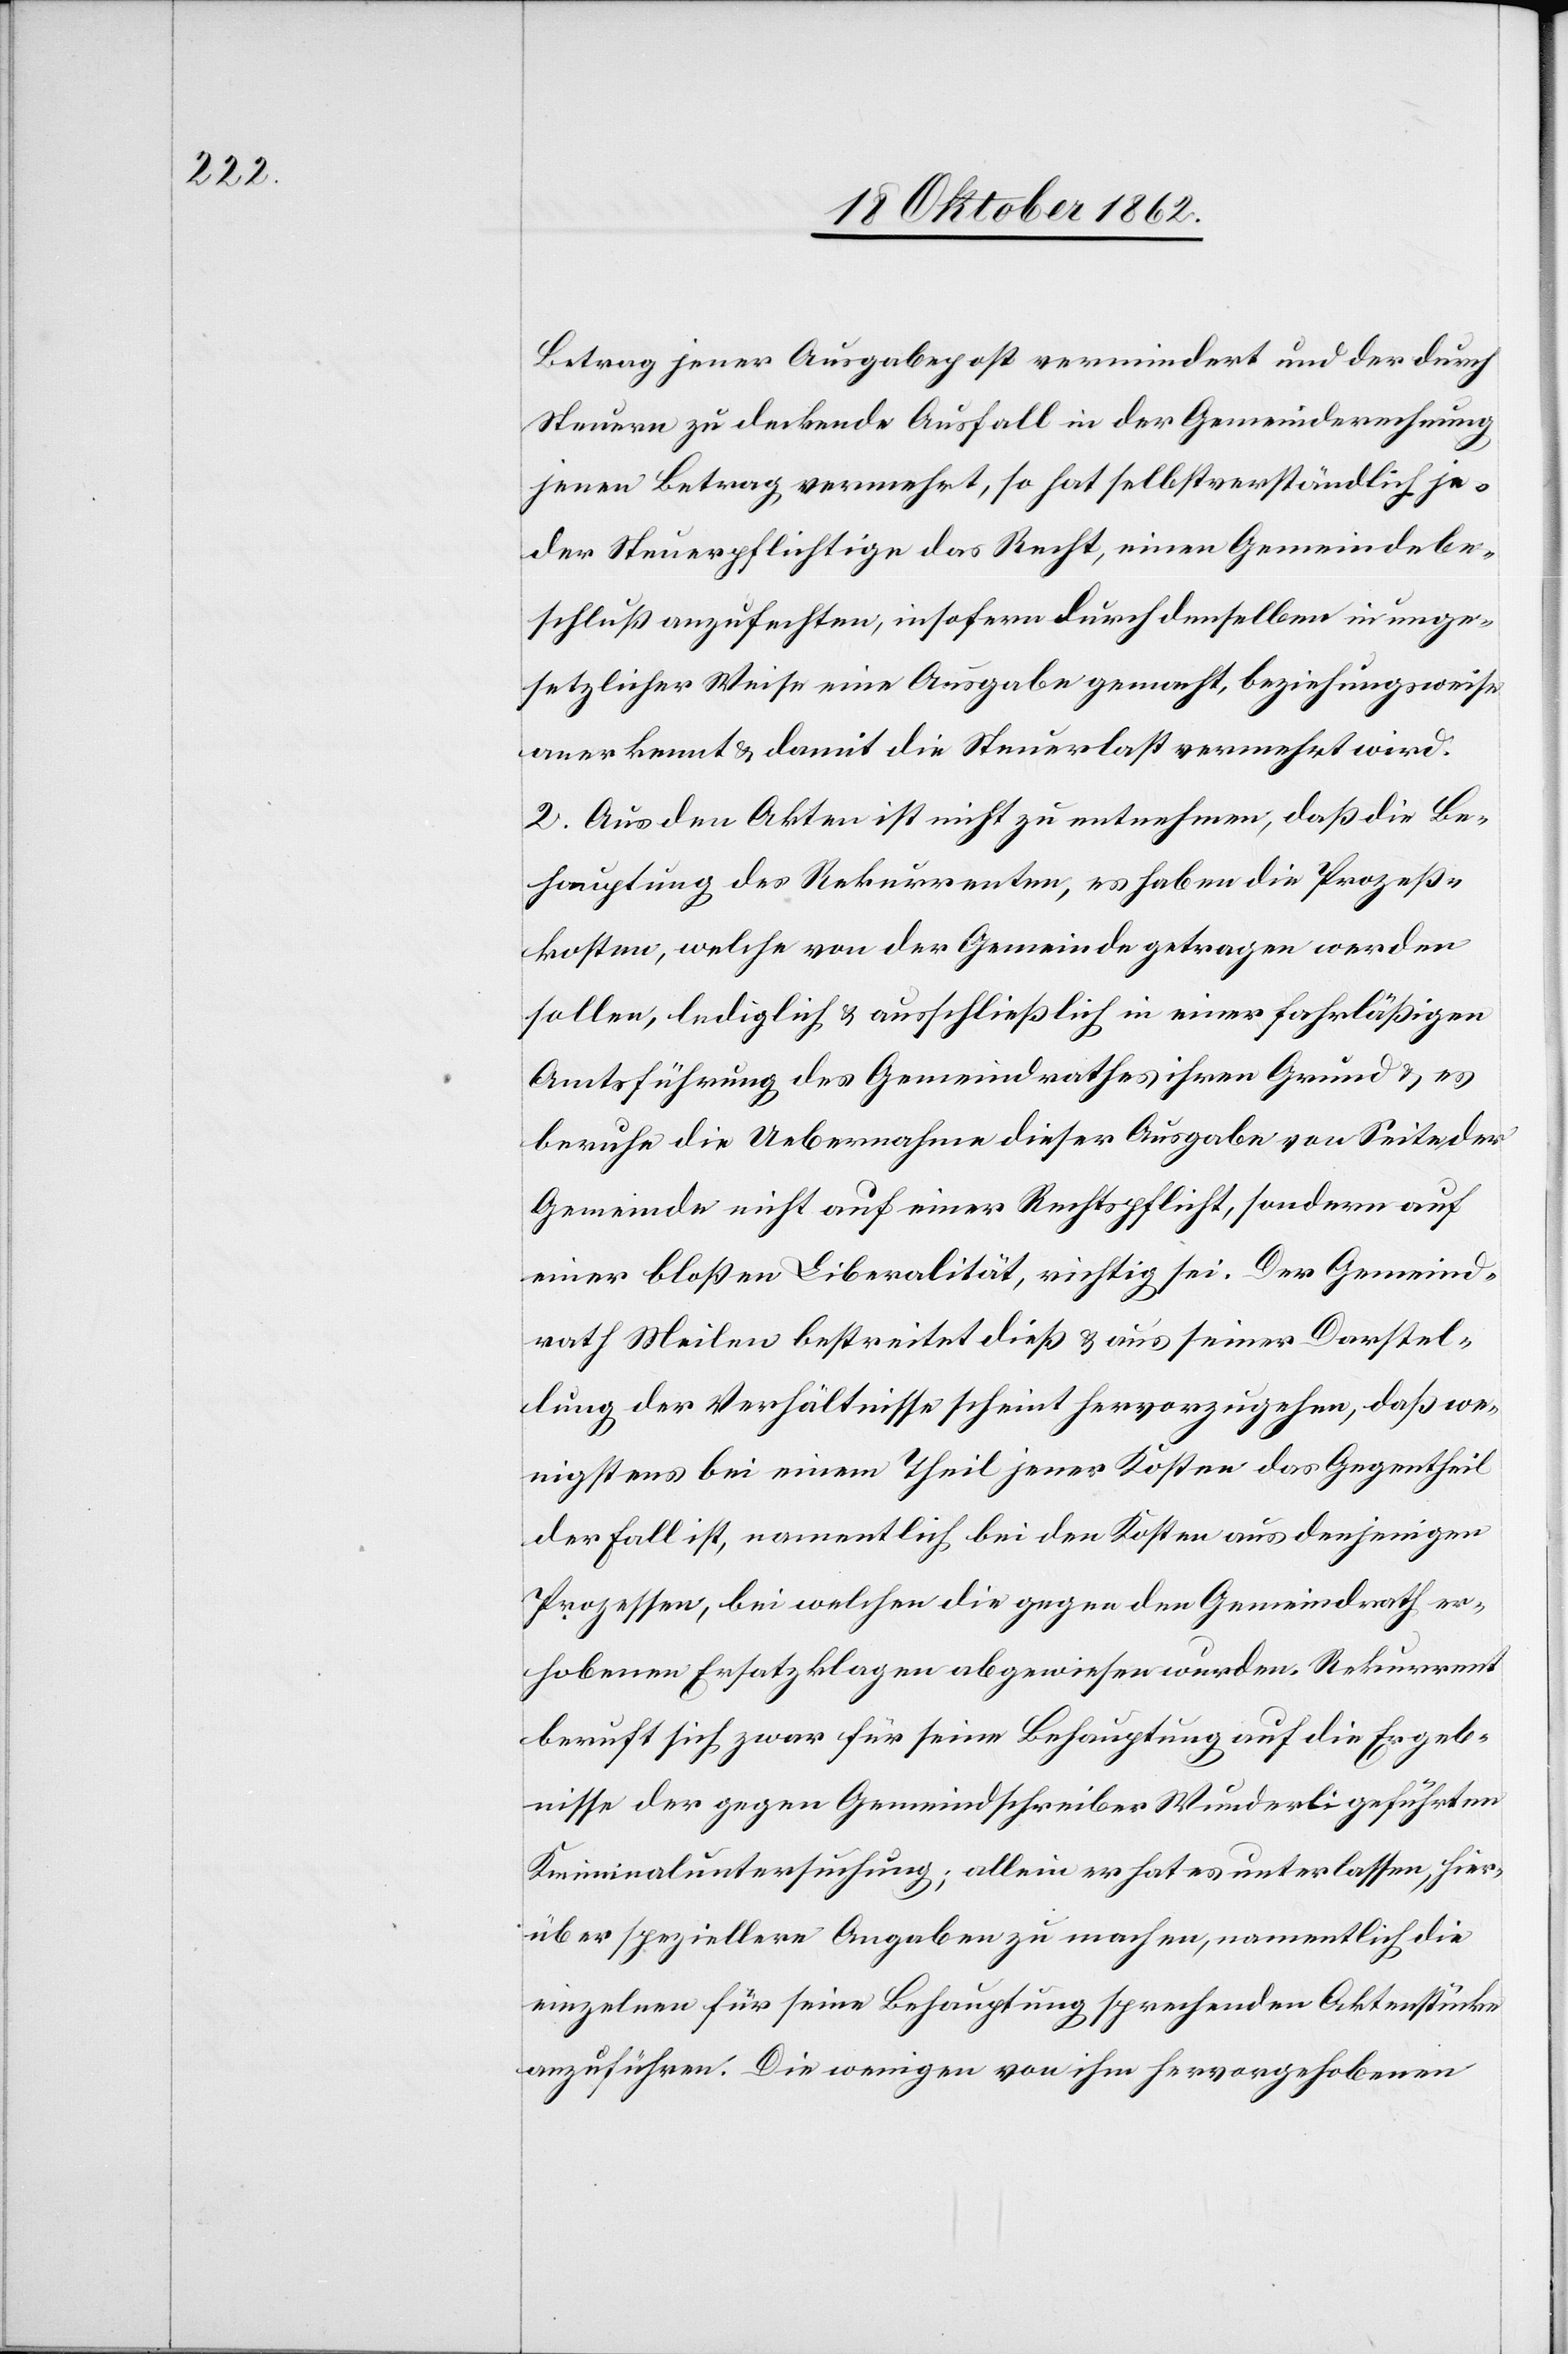
Betrag jener Ausgabepost vermindert und der durch
Steuern zu deckende Ausfall in der Gemeinderechnung
jenen Betrag vermehrt, so hat selbstverständlich je¬
der Steuerpflichtige das Recht, einen Gemeindebe¬
schluß anzufechten, insofern durch denselben in unge¬
setzlicher Weise eine Ausgabe gemacht, beziehungsweise
anerkennt u. damit die Steuerlast vermehrt wird.
2. Aus den Akten ist nicht zu entnehmen, daß die Be¬
hauptung des Rekurrenten, es haben die Prozeß¬
kosten, welche von der Gemeinde getragen werden
sollen, lediglich u. ausschließlich in einer fahrläßigen
Amtsführung des Gemeindrathes ihren Grund u. es
beruhe die Uebernahme dieser Ausgabe von Seite der
Gemeinde nicht auf einer Rechtspflicht, sondern auf
einer bloßen Liberalität, richtig sei. Der Gemeind¬
rath Meilen bestreitet dieß u. aus seiner Darstel¬
lung der Verhältnisse scheint hervorzugehen, daß we¬
nigstens bei einem Theil jener Kosten das Gegentheil
der Fall ist, namentlich bei den Kosten aus denjenigen
Prozessen, bei welchen die gegen den Gemeindrath er¬
hobenen Ersatzklagen abgewiesen wurden. Rekurrent
beruft sich zwar für seine Behauptung auf die Ergeb¬
nisse der gegen Gemeindschreiber Wunderli geführten
Kriminaluntersuchung; allein er hat es unterlassen, hier¬
über speziellere Angaben zu machen, namentlich die
einzelnen für seine Behauptung sprechenden Aktenstücke
anzuführen. Die wenigen von ihm hervorgehobenen